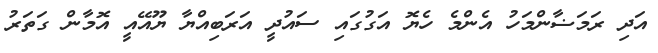
އަދި ރަމަޟާންމަހު އެންމެ ހެޔޮ އަގުގައި ސައުދީ އަރަބިއްޔާ ޔޫއޭއީ އޮމާން ގަތަރު